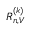
R _ { n , V } ^ { ( k ) }